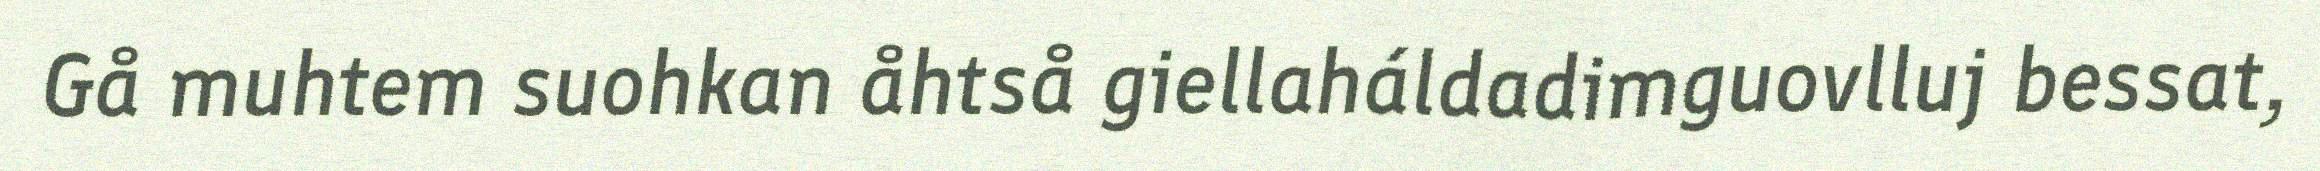
Gå muhtem suohkan åhtså giellaháldadimguovlluj bessat,